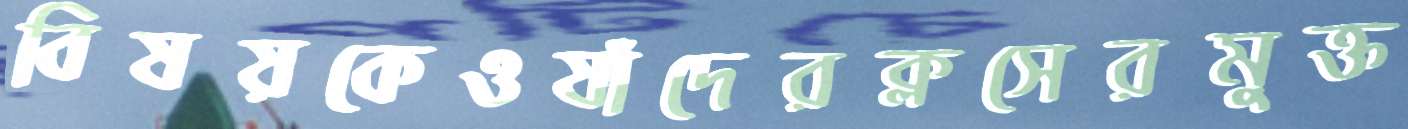
বিষয়কেওযাঁদেরক্লসেরমুক্ত